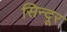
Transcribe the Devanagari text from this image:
सिन्‍दूर